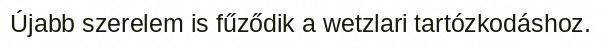
Újabb szerelem is fűződik a wetzlari tartózkodáshoz.